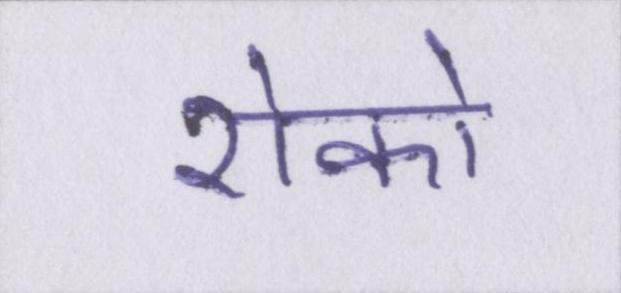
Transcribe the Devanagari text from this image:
रोको